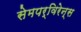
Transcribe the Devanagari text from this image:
सेमपर्विरेन्स